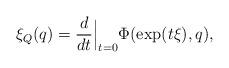
LaTeX: \begin{align*}\xi_Q(q)=\frac{d}{dt}\Big|_{t=0}\Phi(\hbox{exp}(t\xi), q),\end{align*}